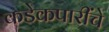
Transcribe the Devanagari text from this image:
कडेकपारींचे